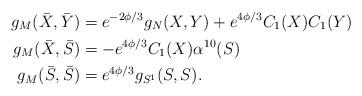
LaTeX: \begin{align*}g_M(\bar{X},\bar{Y})&=e^{-2\phi/3}g_N(X,Y)+e^{4\phi/3}C_1(X)C_1(Y)\\g_M(\bar{X},\bar{S})&=-e^{4\phi/3}C_1(X)\alpha^{10}(S)\\g_M(\bar{S},\bar{S})&=e^{4\phi/3}g_{S^1}(S,S).\end{align*}